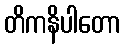
တိကနိပါတော